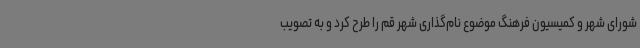
شورای شهر و کمیسیون فرهنگ موضوع نام‌گذاری شهر قم را طرح کرد و به تصویب